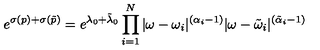
e ^ { \sigma ( p ) + \sigma ( \tilde { p } ) } = e ^ { \lambda _ { 0 } + \tilde { \lambda } _ { 0 } } \prod _ { i = 1 } ^ { N } | \omega - \omega _ { i } | ^ { ( \alpha _ { i } - 1 ) } | \omega - \tilde { \omega } _ { i } | ^ { ( \tilde { \alpha } _ { i } - 1 ) }